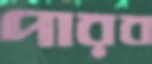
পারব